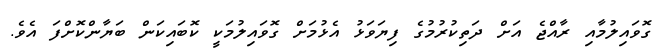
ގޮވައިލުމާއި ރާއްޖެ އަށް ދަތިކުރުމުގެ ފިޔަވަޅު އެޅުމަށް ގޮވައިލުމަކީ ކޮބައިކަން ބަޔާންކޮށްފަ އެވެ.